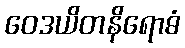
ဝေဒယိတနိရောဓံ